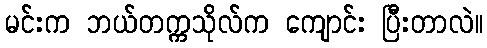
မင်းက ဘယ်တက္ကသိုလ်က ကျောင်း ပြီးတာလဲ။